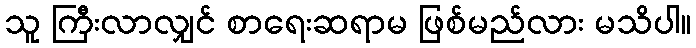
သူ ကြီးလာလျှင် စာရေးဆရာမ ဖြစ်မည်လား မသိပါ။